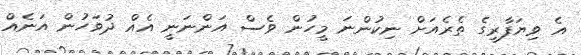
އެ ވިޔަފާރީގެ ތެރެއަށް ނިކުންނަ މީހުން ވެސް އަންނަނީ އެއް ދުވަހުން އަނެއް